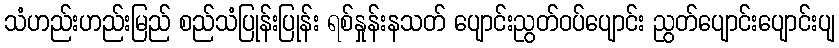
သံဟည်းဟည်းမြည် စည်သံပြုန်းပြုန်း ရစ်နှုန်းနသတ် ပျောင်းညွတ်ဝပ်ပျောင်း ညွတ်ပျောင်းပျောင်းပျ